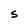
Character: S